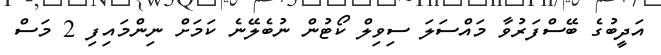
އަދީބުގެ ބޭސްފަރުވާ މައްސަލަ ސިވިލް ކޯޓުން ނުބެލޭނެ ކަމަށް ނިންމައިފި 2 މަސް